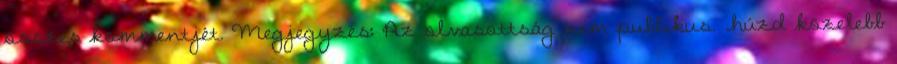
összes kommentjét. Megjegyzés: Az olvasottság nem publikus. .húzd közelebb